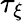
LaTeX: \tau_{\xi}